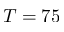
T = 7 5